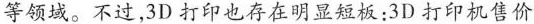
等领域。不过,3D打印也存在明显短板:3D打印机售价